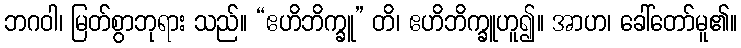
ဘဂဝါ၊ မြတ်စွာဘုရား သည်။ “ဧဟိဘိက္ခူ” တိ၊ ဧဟိဘိက္ခူဟူ၍။ အာဟ၊ ခေါ်တော်မူ၏။